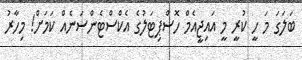
ބަލަގަ މަ ހީ ކުރީ މީ އައިޖީއެމް ހޮސްޕިޓަލުގެ އެކްސްޓެންސަނެއް ކަމަށް! މިހާރު